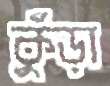
কুঁড়া